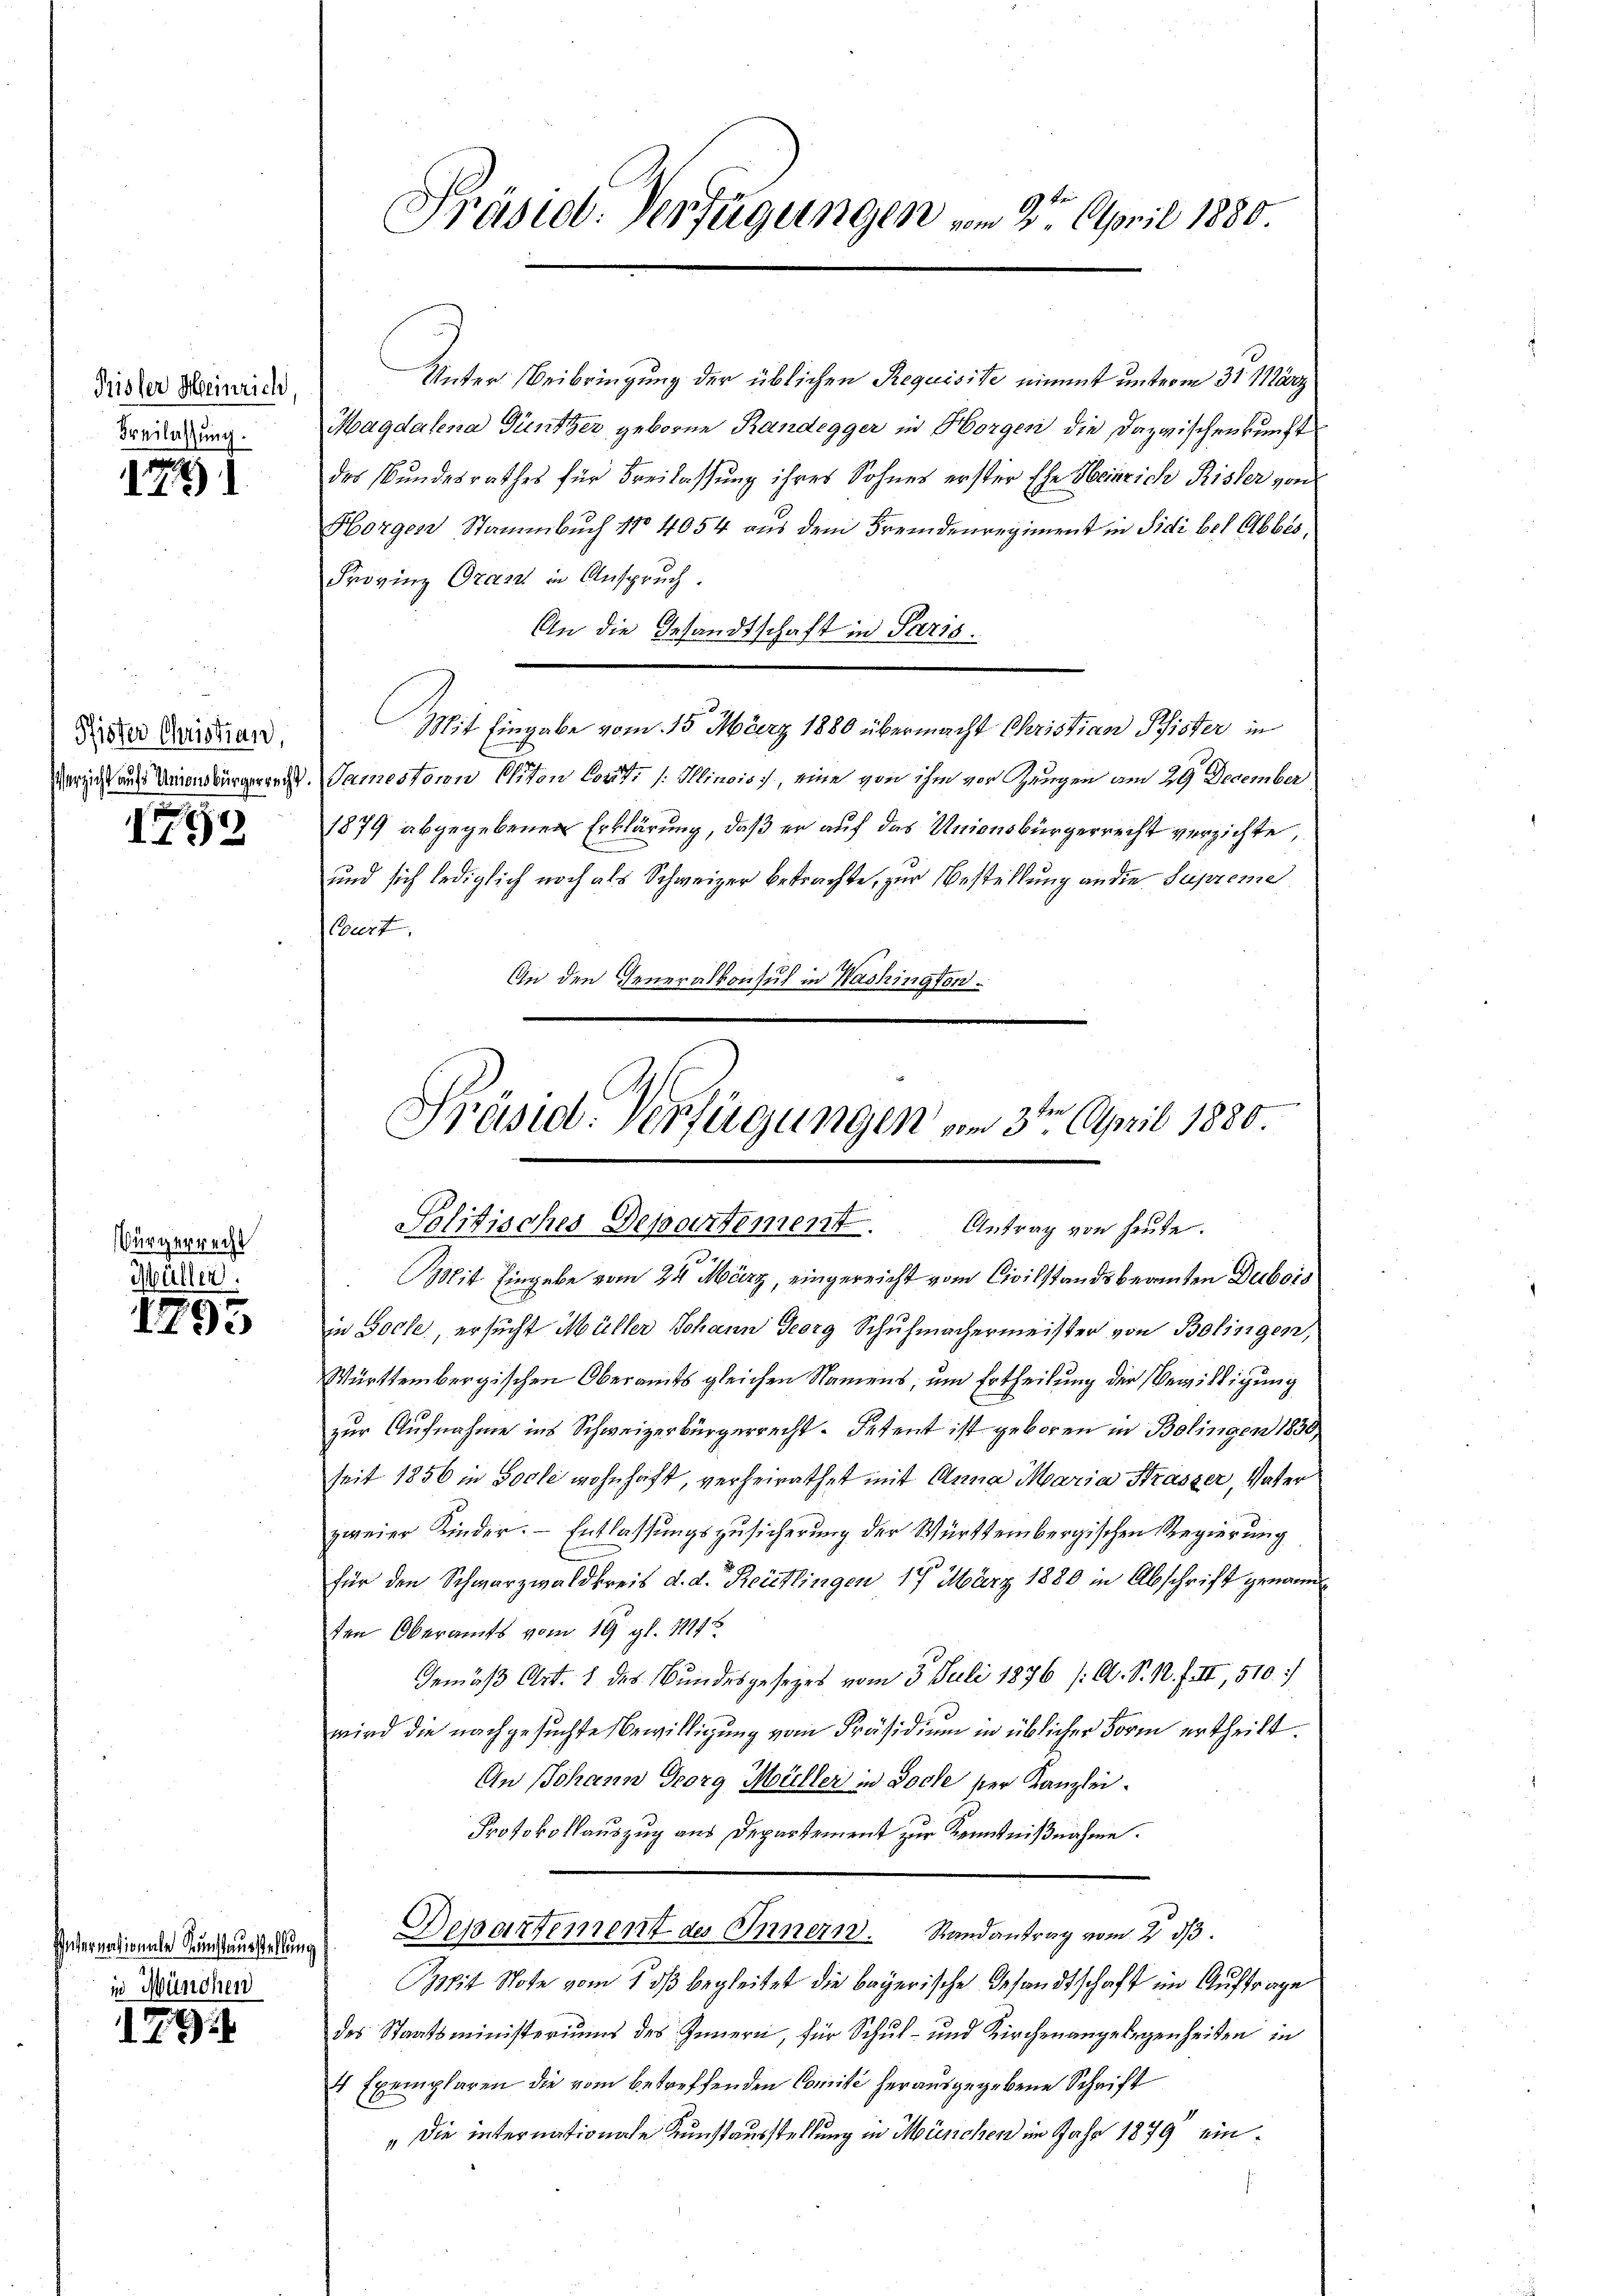
Prisser Meinrich
Freilassung.

1721

Pfister Christian
Verzicht aufs Unionsbürgerrecht.

9

Bürgerrecht
Müllen.

19
I. de

Internationale Kunstausstellung
in München

179

Präsid. Verfügungen vom 2te April 1880.

Unter Beibringung der üblichen Requisite nimmt unterm 31. März
Magdalena Güntzer geboren Randegger in Horgen die Dazwischenkunft
des Bundesrathes für Freilassung ihres Sohnes erster Ehe Heinrich Risler von
Horgen Stammbuch No 4054 aus dem Fremdenregiment in Sidi bet Abbes,
Frovinz Oranz in Anspruch.
An die Gesandtschaft in Parts.
Mit Eingabe vom 15. März 1880 übermacht Christian Pfister in
Samestern Eliten Cout. /: Illinois, eine von ihm vor Zungen am 29. December
1879 abgegebenen Erklärung, daß er auf das Unionsbürgerrecht verzichte,
und sich lediglich noch als Schweizer betrachte, zur Bestellung an die Supremie
Court
An den Generalkonsul in Washington¬
Mit Eingabe vom 24. März, eingereicht vom Civilstandsbeamten Dubois
in Hoche, ersucht Müller Johann Georg Schuhmachermeister von Bolingen,
Württembergischen Oberamts gleichen Namens, um Ertheilung der Bewilligung
zur Aufnahme ins Schweizerbürgerrecht. Petent ist geboren in Bolingen 1830,
seit 1856 in Socke wohnhaft, verheirathet mit Anna Maria Strasser, Vater
zweier Kinder. - Entlassungszusicherung der Württembergischen Regierung
für den Schwarzwaldkreis d. d. Reitlingen 17. März 1880 in Abschrift genannten Oberamts vom 19. gl. 1114
Gemäß Art. 1 des Bundesgesezes vom 3. Juli 1876 /: A. S. 1. f. II, 510.
wird die nachgesuchte Bewilligung vom Präsidium in üblicher Form ertheilt.
An Johann Georg Müller in Joche ser Kanzlei.
Protokollauszug aus Departement zur Kenntnißnahme.
Departement des Innern. Randantrag vom 2. ds.
pit Note vom 1. ds begleitet die bayerische Gesandtschaft im Auftrage
des Staatsministeriums des Innern, für Schul- und Kirchenangelegenheiten in
4 Exemplaren die vom betreffenden Comité herausgegebene Schrift
" die internationale Kunstausstellung in München im Jahr 1879 ein¬

Präsid. Verfügungen vom 3ten April 1880.
Solitisches Departement. Antrag von heute.